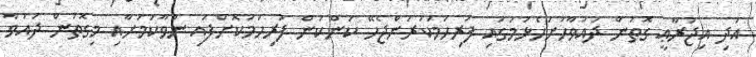
އަދި އިޖުރާޢީ ގޮތުން ދައުވާހުށަހެޅުމުގައި ފުރިހަމަކުރަންޖެހޭ ކަންކަން ފުރިހަމަކޮށްފައި ނުވާކަމަށާއި މިގޮތުން ދައުވާ